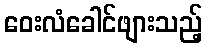
ဝေးလံခေါင်ဖျားသည့်